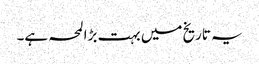
یہ تاریخ میں بہت بڑا لمحہ ہے۔